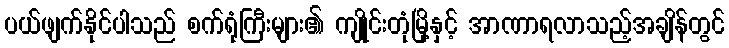
ပယ်ဖျက်နိုင်ပါသည် စက်ရုံကြီးများ၏ ကျိုင်းတုံမြို့နှင့် အာဏာရလာသည့်အချိန်တွင်